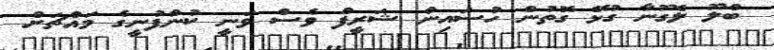
ބްލޫ ލެގޫނާ ގުޅޭ ގޮތުން ހުސައިން ޝަރީފް ވެސް ވަނީ ކުންފުނީގެ މައްޗަށް